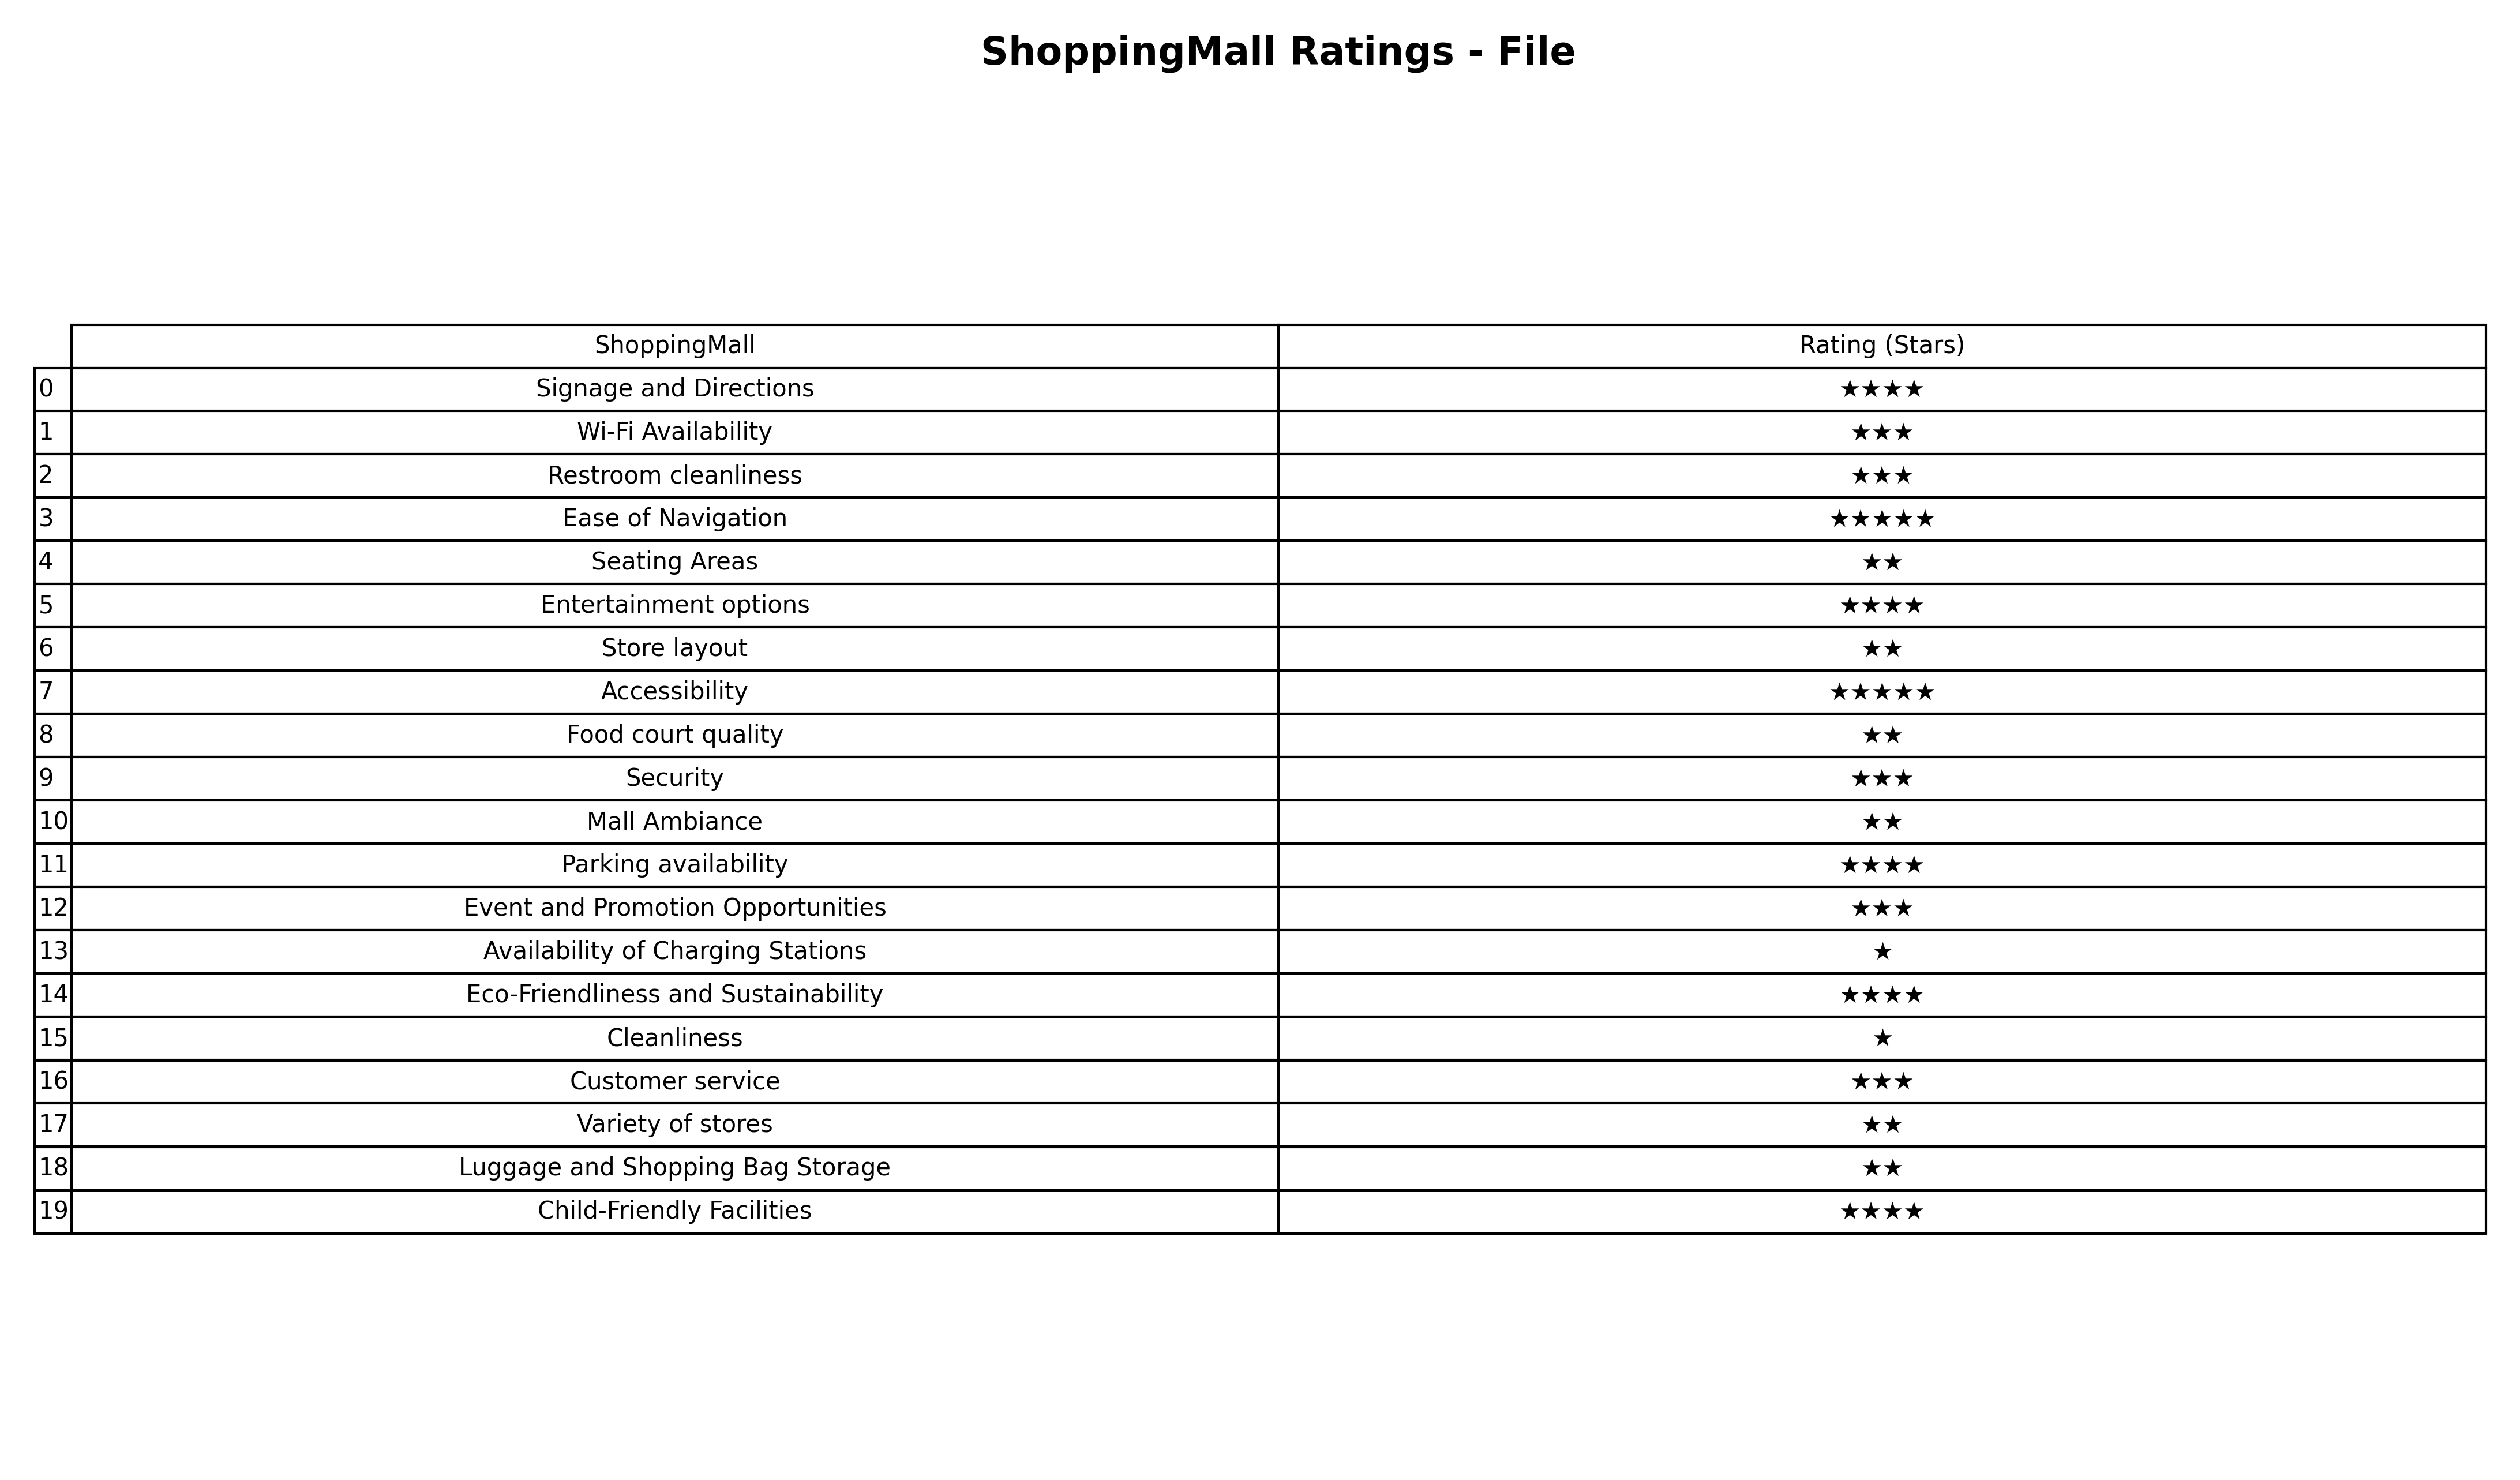
question: What is the rating of Restroom cleanliness?
answer: ★★★